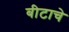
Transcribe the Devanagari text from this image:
बीटाचे